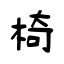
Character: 椅